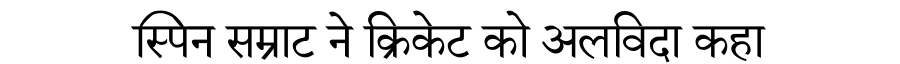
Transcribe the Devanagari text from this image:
स्पिन सम्राट ने क्रिकेट को अलविदा कहा